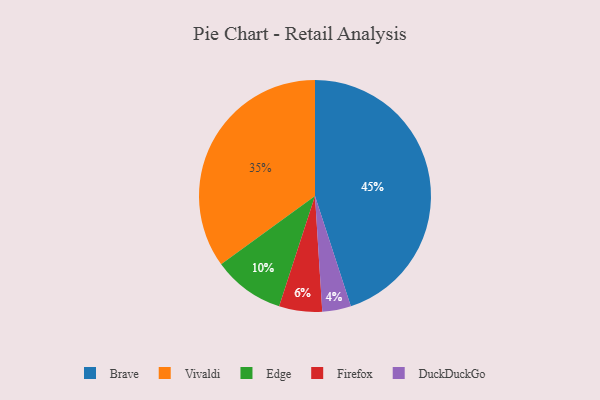
{"axis": {"x": "Category", "y": "Percentage"}, "legend": ["Brave", "DuckDuckGo", "Edge", "Firefox", "Vivaldi"], "data": [{"x": "Firefox", "y": 6, "type": "Firefox"}, {"x": "Vivaldi", "y": 35, "type": "Vivaldi"}, {"x": "Brave", "y": 45, "type": "Brave"}, {"x": "Edge", "y": 10, "type": "Edge"}, {"x": "DuckDuckGo", "y": 4, "type": "DuckDuckGo"}]}